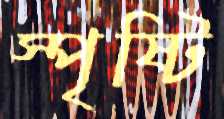
স্পৃষ্টি